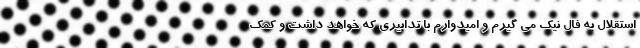
استقلال به فال نیک می گیرم و امیدوارم با تدابیری که خواهد داشت و کمک